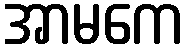
အာမကေ